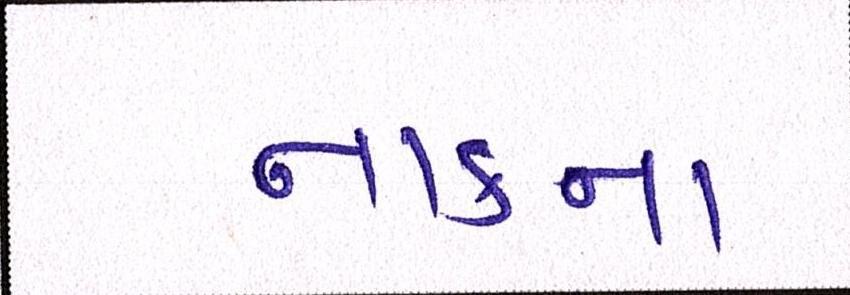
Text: નાકના